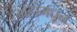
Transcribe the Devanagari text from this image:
ग्रहांमधून